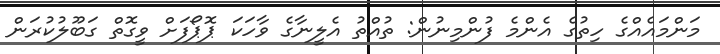
މަންމައެއްގެ ހިތުގެ އެންމެ ފުންމިނުން: ތުއްތު އެލީނާގެ ވާހަކަ ޕޮޕޯފަށް ވީގޮތް ގަބޫލުކުރަން